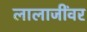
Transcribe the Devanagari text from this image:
लालाजींवर